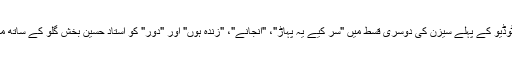
[16] کوک سٹوڈیو کے پہلے سیزن کی دوسری قسط میں "سر کیے یہ پہاڑ"، "انجانے"، "زندہ ہوں" اور "دور" کو استاد حسین بخش گلو کے ساتھ مل کر پیش کیا۔